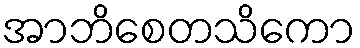
အာဘိစေတသိကော